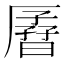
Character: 𫨟